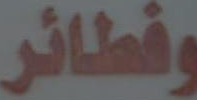
وفطائر